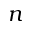
n